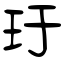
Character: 玗